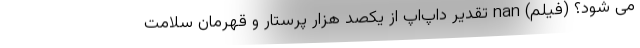
می شود؟ (فیلم) nan تقدیر داپ‌اَپ از یکصد هزار پرستار و قهرمان سلامت